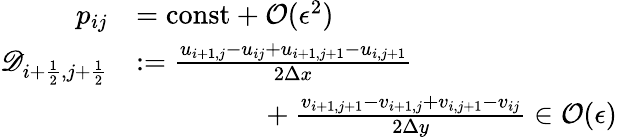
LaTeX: \begin{array}{rl}{p_{ij}}&{=\mathrm{const}+\mathcal O(\epsilon^{2})}\\ {\mathscr D_{i+\frac 12,j+\frac 12}}&{:=\frac{u_{i+1,j}-u_{ij}+u_{i+1,j+1}-u_{i,j+1}}{2\Delta x}}\\ &{\phantom{mmmmm}+\frac{v_{i+1,j+1}-v_{i+1,j}+v_{i,j+1}-v_{ij}}{2\Delta y}\in\mathcal O(\epsilon)}\end{array}